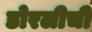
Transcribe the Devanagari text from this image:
डोरलीची